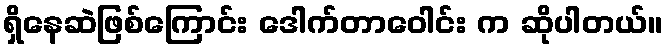
ရှိနေဆဲဖြစ်ကြောင်း ဒေါက်တာဝေါင်း က ဆိုပါတယ်။